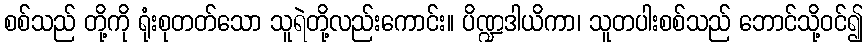
စစ်သည် တို့ကို ရုံးစုတတ်သော သူရဲတို့လည်းကောင်း။ ပိဏ္ဍဒါယိကာ၊ သူတပါးစစ်သည် ဘောင်သို့ဝင်၍